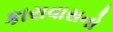
કારાવાસનો